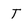
Character: T